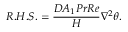
R . H . S . = { \frac { D A _ { 1 } P r R e } { H } } \nabla ^ { 2 } \theta .